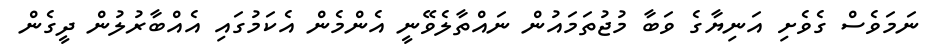
ނަމަވެސް ގެވެށި އަނިޔާގެ ވަބާ މުޖުތަމައުން ނައްތާލެވޭނީ އެންމެން އެކަމުގައި އެއްބާރުލުން ދީގެން